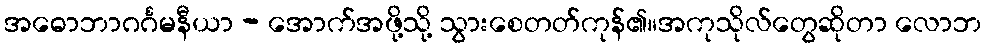
အဓောဘာဂင်္ဂမနီယာ - အောက်အဖို့သို့ သွားစေတတ်ကုန်၏။အကုသိုလ်တွေဆိုတာ လောဘ